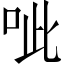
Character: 呲